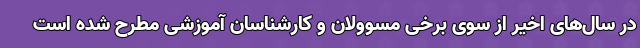
در سال‌های اخیر از سوی برخی مسوولان و کارشناسان آموزشی مطرح شده است